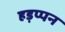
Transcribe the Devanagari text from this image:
हड़प्पन